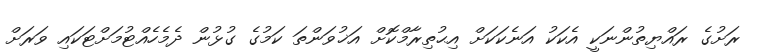
ރަށުގެ ރައްޔިތުންނަކީ އެކަކު އަނެކަކަށް އިޙުތިރާމްކޮށް އަޚުވަންތަ ކަމުގެ ގުޅުން ދެމެހެއްޓުމަށްޓަކައި ވަރަށް